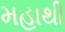
મહાથી